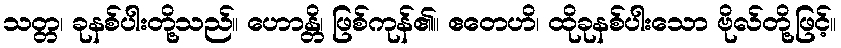
သတ္တ၊ ခုနစ်ပါးတို့သည်။ ဟောန္တိ၊ ဖြစ်ကုန်၏။ ဧတေဟိ၊ ထိုခုနစ်ပါးသော ဗိုလ်တို့ဖြင့်။